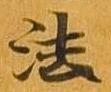
法